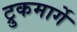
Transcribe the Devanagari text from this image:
ट्रुकमार्गे